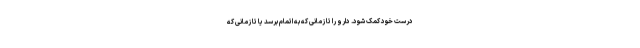
درست خود کمک شود. دارو را تا زمانی که به اتمام برسد یا تا زمانی که